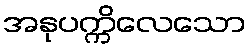
အနုပက္ကိလေသော